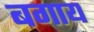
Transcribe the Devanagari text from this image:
बगाय